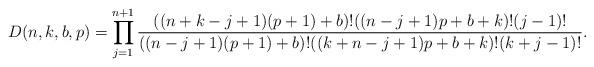
LaTeX: \begin{gather*}D(n,k,b,p)=\prod_{j=1}^{n+1} {((n+k-j+1)(p+1)+b ) ! ((n-j+1)p+b+k ) ! (j-1) ! \over ((n-j+1)(p+1)+b )! ((k+n-j+1)p+b+k)! (k+j-1)! }.\end{gather*}